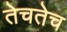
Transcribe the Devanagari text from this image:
तेचतेच